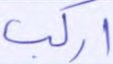
اركب